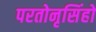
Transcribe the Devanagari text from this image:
परतोनृसिंहो